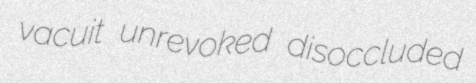
vacuit unrevoked disoccluded